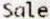
SALE